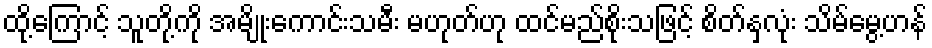
ထို့ကြောင့် သူတို့ကို အမျိုးကောင်းသမီး မဟုတ်ဟု ထင်မည်စိုးသဖြင့် စိတ်နှလုံး သိမ်မွေ့ဟန်